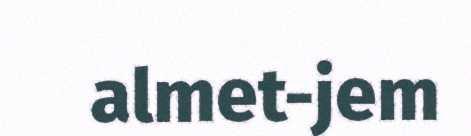
almet-jem